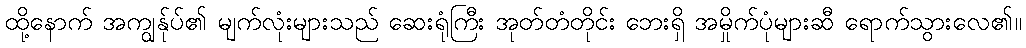
ထို့နောက် အကျွန်ုပ်၏ မျက်လုံးများသည် ဆေးရုံကြီး အုတ်တံတိုင်း ဘေးရှိ အမှိုက်ပုံများဆီ ရောက်သွားလေ၏။